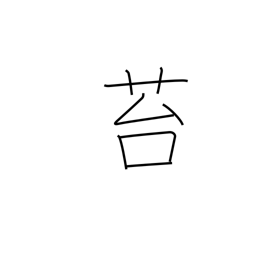
Meaning: moss